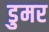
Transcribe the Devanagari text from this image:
डुमर